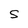
Character: S